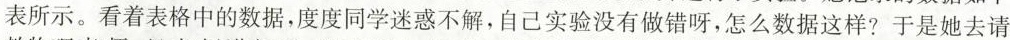
表所示。看着表格中的数据，度度同学迷惑不解，自己实验没有做错呀，怎么数据这样?于是她去请